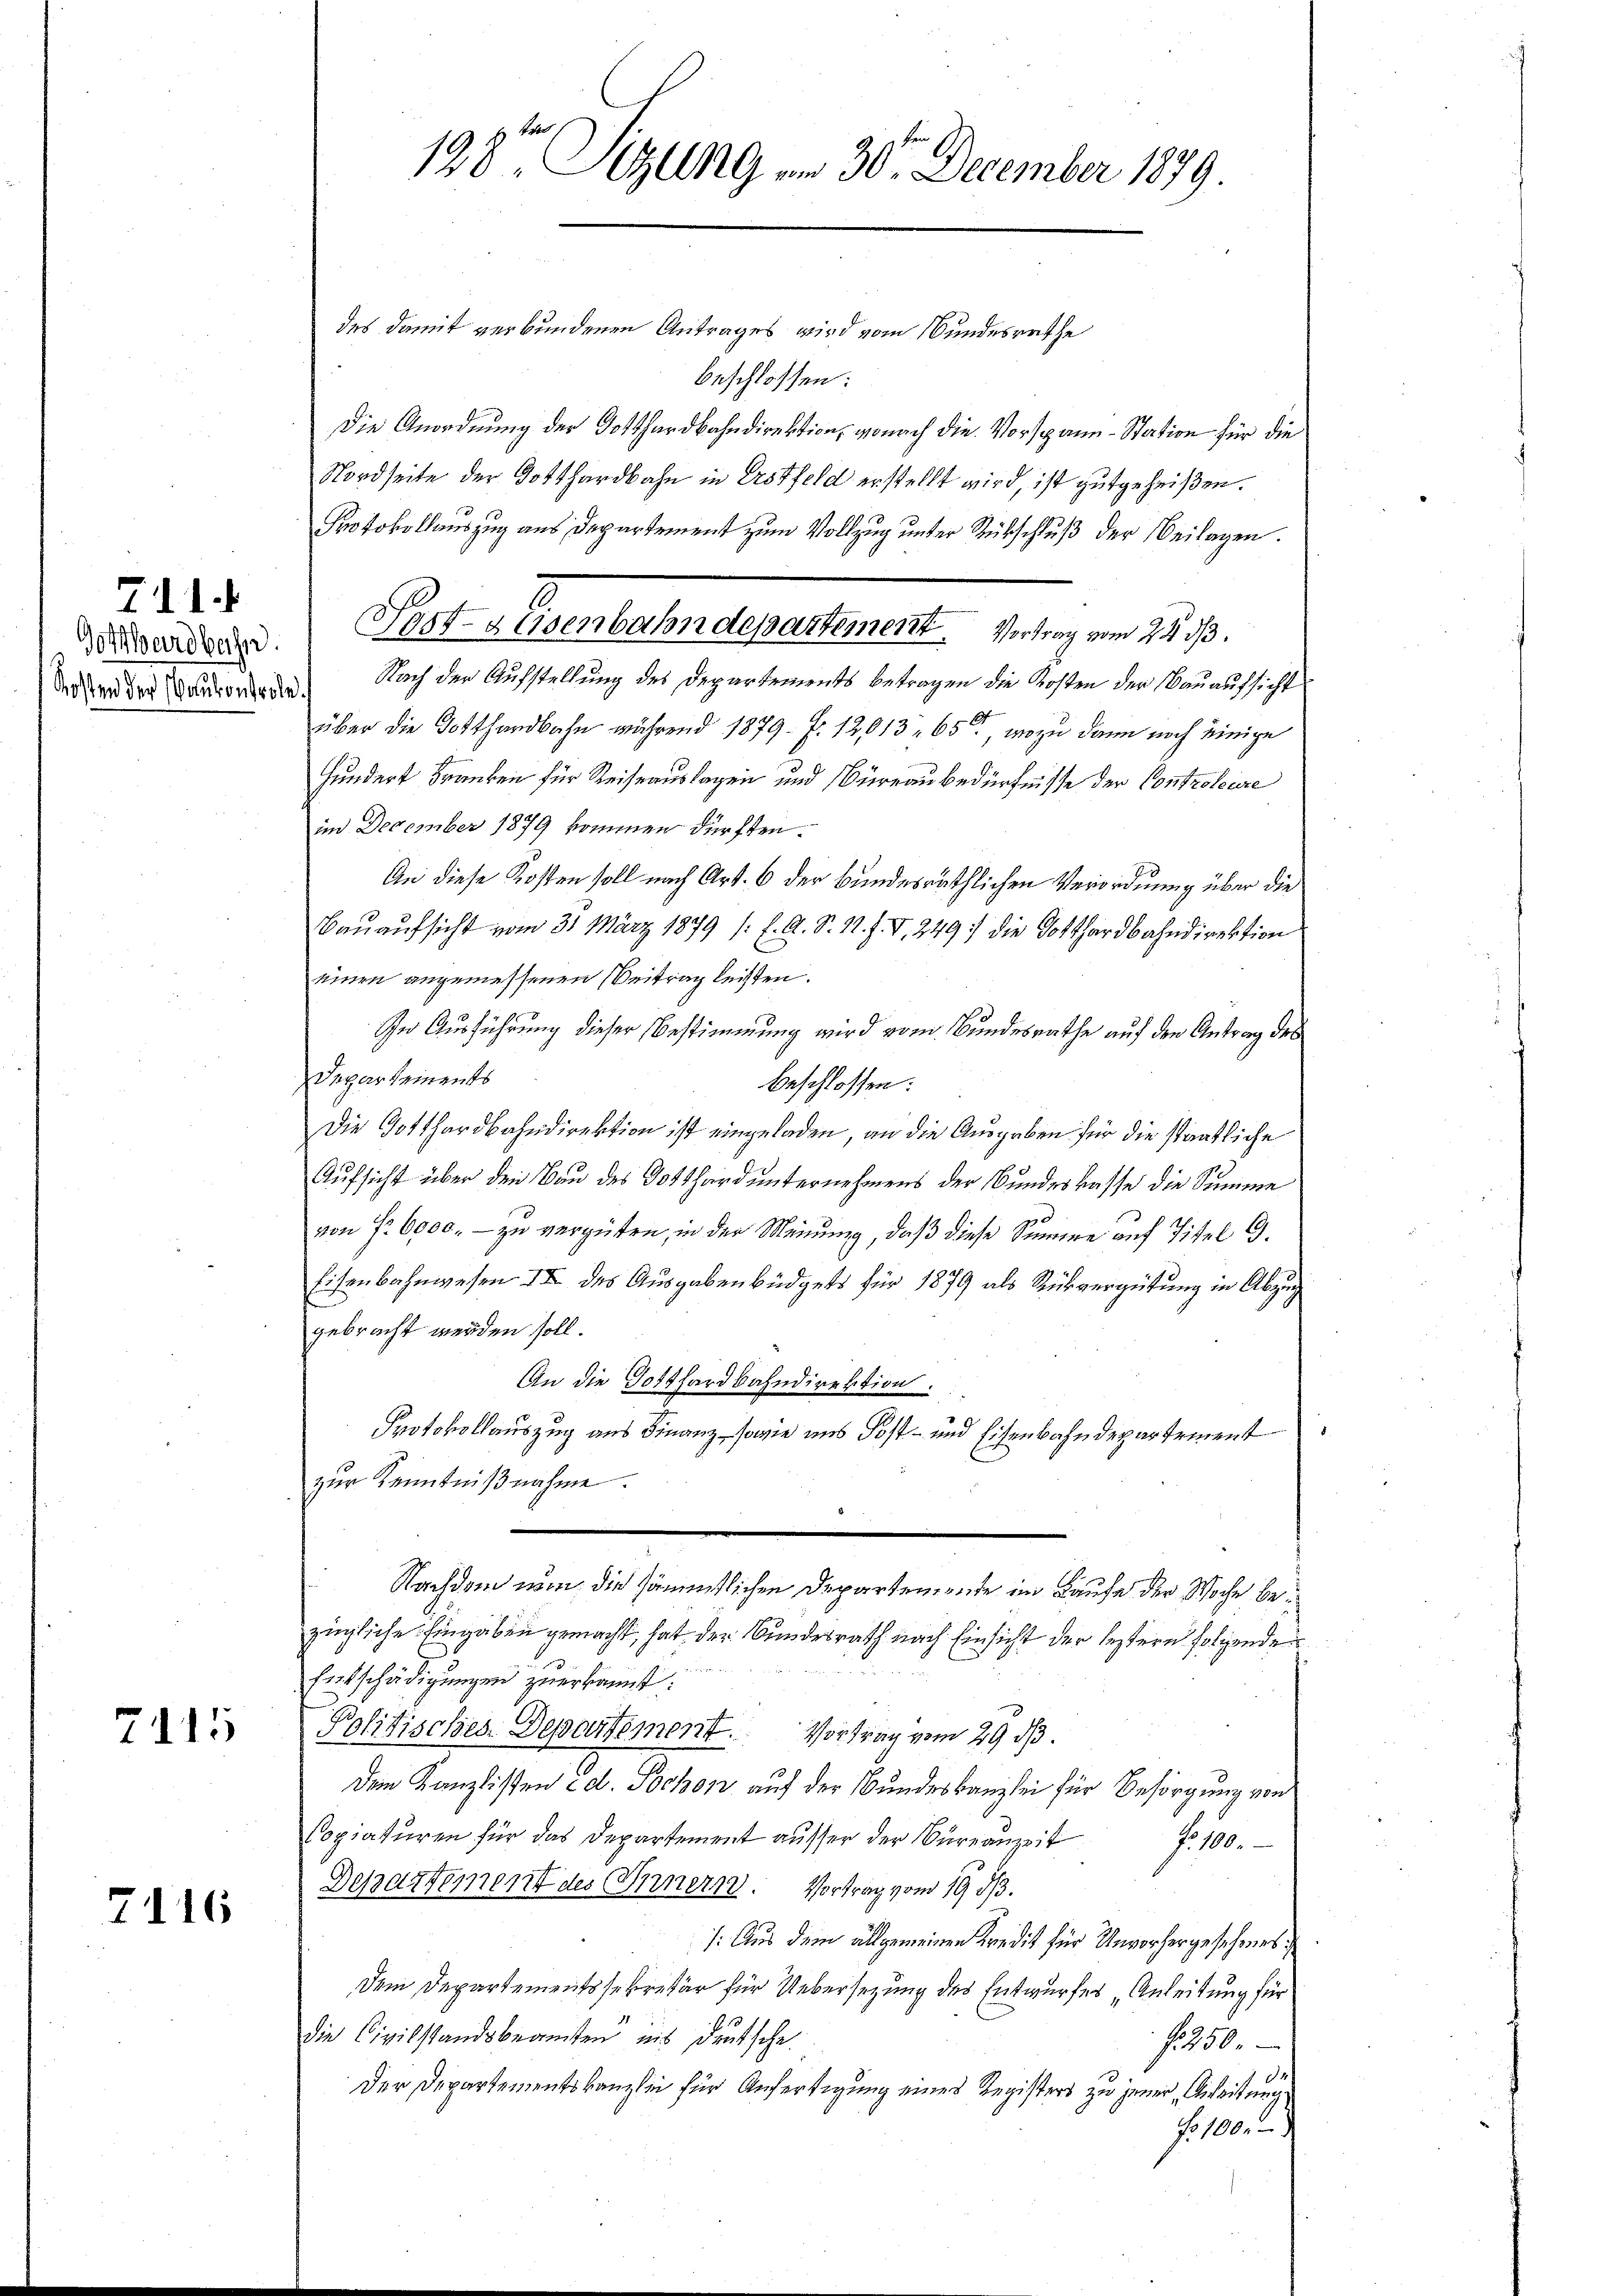
Gotthardbahn.

711.

7115

7116

198ten Sitzung am 30. December 1879.

des damit verbundenen Antrages wird vom Bundesrathe
beschlossen:
Die Anordnung der Gotthardbahndirektion, wonach die Vorspann-Station für die
Nordseite der Gotthardbahn in Erstfeld erstellt wird, ist gutgeheißen.
Protokollauszug aus Departement zum Vollzug unter Rückschluß der Beilagen.
Werden der Dauernden Nach der Aufstellung des Departements betragen die Kosten der Bauaufsicht
über die Gotthardbahn während 1879 f. 12,013. 65, wozu dann noch einige
Hundert Franken für Reiseauslagen und Büreau bedürfnisse der Controleiere
im December 1879 kommen dürften.
An diese Kosten soll nach Art. 6 der Bundesräthlichen Verordnung über die
Bauaufsicht vom 31. März 1879 /: E. A. S. 11. f. 7, 249 die Gotthardbahndirektion
einen angemessenen Beitrag leisten.
In Ausführung dieser Bestimmung wird vom Bundesrathe auf den Antrag des
Departements
beschlossen:
Die Gotthardbahndirektion ist eingeladen, an die Ausgaben für die staatliche
Aufsicht über den Bau des Potthard unternehmens der Bundeskasse die Summe
von Fr. 6000. – zu vergüten, in der Meinung, daß diese Summe auf Titel G.
Eisenbahnwesen II des Ausgabenbüdgets für 1879 als Rückvergütung in Abzug
gebracht werden soll.
An die Gotthardbahndirektion.
Protokollauszug aus Finanz, sowie uns Post- und Eisenbahndepartement
zur Kenntniβnahme.
Nachdem nun, die sämmtlichen Departemente im Laufe der Woche bezügliche Eingaben gemacht, hat der Bundesrath nach Einsicht der leztern folgende
Entschädigungen zuerkannt.
Politisches Departement. Vortrag vom 29. ds.
dem Kanzlisten id. Pochon auf der Bundeskanzlei für Besorgung von
Copiaturen für das Departement aŭsser der Büreaŭzeit f. 100.
Departement des Innern. Vortrag vom 19. dβ.
/: Aus dem allgemeinen Kredit für Unvorhergesehenes
Dem Departementssekretär für Uebersetzung des Entwurfes „Anleitung für
die Civilstandsbeamten eis deutsche
f 250.
14
Der Departementskanzlei für Anfertigung eines Registers zu jener Geleitung
No 100.

3
Post- & Eisenbahndepartement. Vortrag vom 24. ds.